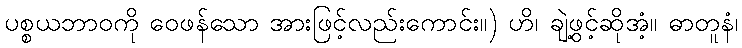
ပစ္စယဘာဝကို ဝေဖန်သော အားဖြင့်လည်းကောင်း။) ဟိ၊ ချဲ့ဖွင့်ဆိုအံ့။ ဓာတူနံ၊